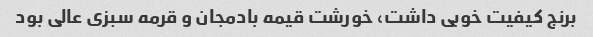
برنج کیفیت خوبی داشت، خورشت قیمه بادمجان و قرمه سبزی عالی بود